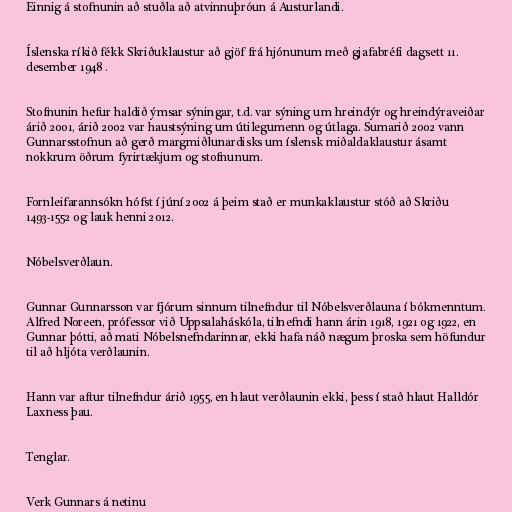
Einnig á stofnunin að stuðla að atvinnuþróun á Austurlandi.

Íslenska ríkið fékk Skriðuklaustur að gjöf frá hjónunum með gjafabréfi dagsett 11.
desember 1948 .

Stofnunin hefur haldið ýmsar sýningar, t.d. var sýning um hreindýr og hreindýraveiðar
árið 2001, árið 2002 var haustsýning um útilegumenn og útlaga. Sumarið 2002 vann
Gunnarsstofnun að gerð margmiðlunardisks um íslensk miðaldaklaustur ásamt
nokkrum öðrum fyrirtækjum og stofnunum.

Fornleifarannsókn hófst í júní 2002 á þeim stað er munkaklaustur stóð að Skriðu
1493-1552 og lauk henni 2012.

Nóbelsverðlaun.

Gunnar Gunnarsson var fjórum sinnum tilnefndur til Nóbelsverðlauna í bókmenntum.
Alfred Noreen, prófessor við Uppsalaháskóla, tilnefndi hann árin 1918, 1921 og 1922, en
Gunnar þótti, að mati Nóbelsnefndarinnar, ekki hafa náð nægum þroska sem höfundur
til að hljóta verðlaunin.

Hann var aftur tilnefndur árið 1955, en hlaut verðlaunin ekki, þess í stað hlaut Halldór
Laxness þau.

Tenglar.

Verk Gunnars á netinu